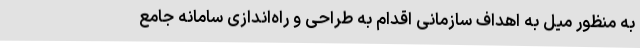
به منظور میل به اهداف سازمانی اقدام به طراحی و راه‌اندازی سامانه جامع